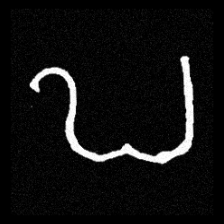
Pyu character \u2014 Myanmar letter: ဎ (romanized: ddha)